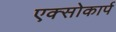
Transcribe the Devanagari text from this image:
एक्सोकार्प